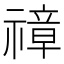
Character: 𱵨